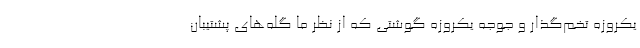
یکروزه تخم‌گذار و جوجه یکروزه گوشتی که از نظر ما گله‌های پشتیبان